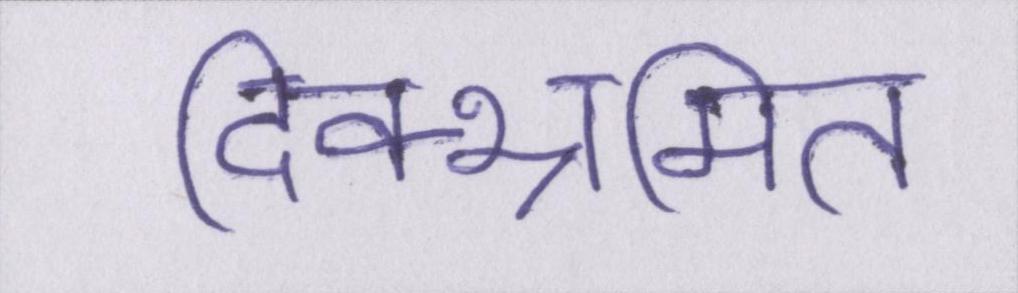
दिक्भ्रमित